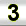
Digit: 3